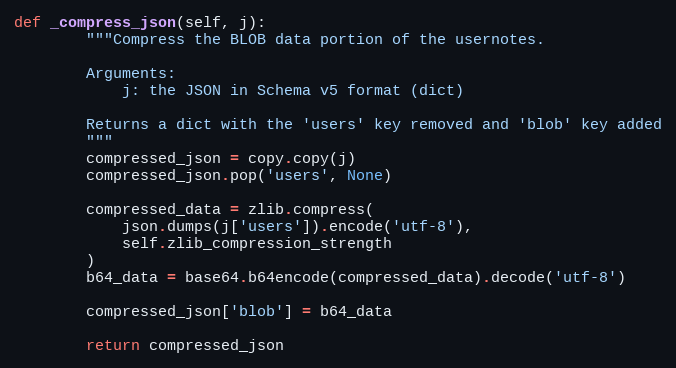
Language: Python
def _compress_json(self, j):
        """Compress the BLOB data portion of the usernotes.

        Arguments:
            j: the JSON in Schema v5 format (dict)

        Returns a dict with the 'users' key removed and 'blob' key added
        """
        compressed_json = copy.copy(j)
        compressed_json.pop('users', None)

        compressed_data = zlib.compress(
            json.dumps(j['users']).encode('utf-8'),
            self.zlib_compression_strength
        )
        b64_data = base64.b64encode(compressed_data).decode('utf-8')

        compressed_json['blob'] = b64_data

        return compressed_json